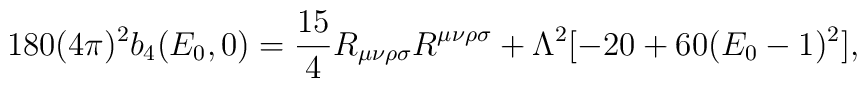
180(4\pi)^2b_4(E_0,0) =\frac{15}{4}R_{\mu\nu\rho\sigma}R^{\mu\nu\rho\sigma}+\Lambda^2[-20+60(E_0-1)^2],